Problem: 11 + 15 = ?
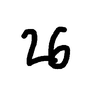
Handwritten answer: 26